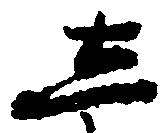
し